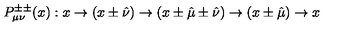
P _ { \mu \nu } ^ { \pm \pm } ( x ) : x \rightarrow ( x \pm \hat { \nu } ) \rightarrow ( x \pm \hat { \mu } \pm \hat { \nu } ) \rightarrow ( x \pm \hat { \mu } ) \rightarrow x